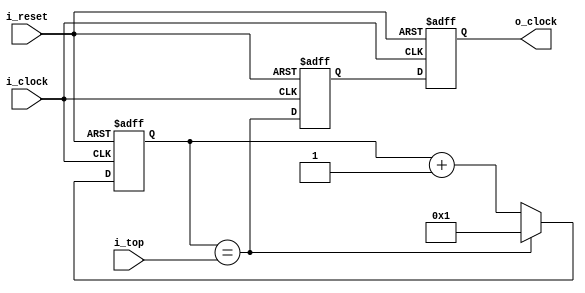

module clock_division(
    i_reset,
    i_clock,
    i_top,
    o_clock
);

    parameter           max_counter = 256;
    parameter           bits = 
        max_counter <= 2          ?  1 :
        max_counter <= 4          ?  2 :
        max_counter <= 8          ?  3 :
        max_counter <= 16         ?  4 :
        max_counter <= 32         ?  5 :
        max_counter <= 64         ?  6 :
        max_counter <= 128        ?  7 :
        max_counter <= 256        ?  8 :
        max_counter <= 512        ?  9 :
        max_counter <= 1024       ? 10 :
        max_counter <= 2048       ? 11 :
        max_counter <= 4096       ? 12 :
        max_counter <= 8192       ? 13 :
        max_counter <= 16384      ? 14 :
        max_counter <= 32768      ? 15 :
        max_counter <= 65536      ? 16 :
        max_counter <= 131072     ? 17 :
        max_counter <= 262144     ? 18 :
        max_counter <= 524288     ? 19 :
        max_counter <= 1048576    ? 20 :
        max_counter <= 2097152    ? 21 :
        max_counter <= 4194304    ? 22 :
        max_counter <= 8388608    ? 23 :
        max_counter <= 16777216   ? 24 :
        max_counter <= 33554432   ? 25 :
        max_counter <= 67108864   ? 26 :
        max_counter <= 134217728  ? 27 :
        max_counter <= 268435456  ? 28 :
        max_counter <= 536870912  ? 29 :
        max_counter <= 1073741824 ? 30 : -1;

    input               i_reset;
    input               i_clock;
    input      [bits - 1:0]     i_top;
    output reg                  o_clock     = 0;

    reg        [bits - 1:0]     t           = 0;
    reg        [bits - 1:0]     counter     = 1;
always @ (posedge i_clock or posedge i_reset) begin
    if (i_reset) begin
        o_clock                     = 0;
        t                           = 0;
        counter                     = 1;
    end else begin
        o_clock                     = t;
        t                           = counter == i_top;
        counter                     = t ? 1 : counter + 1;
    end
end

endmodule